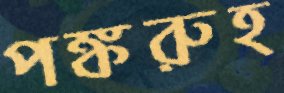
পঙ্করুহ